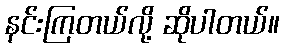
နင်းကြတယ်လို့ ဆိုပါတယ်။